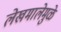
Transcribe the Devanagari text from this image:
लेखमालेमुळे